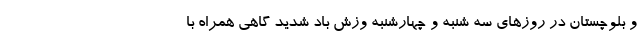
و بلوچستان در روزهای سه شنبه و چهارشنبه وزش باد شدید گاهی همراه با